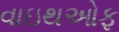
વાઇથઓફ